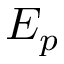
E _ { p }